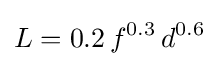
L=0.2\,f^{0.3}\,d^{0.6}